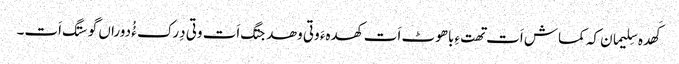
کَھدہ سِلیمان کہ کماش اَت تھتءِ باھوٹ اَت کھدہءَ وتی وھدجتگ اَت وتی دِرک ءُُ دوراں گوستگ اَت۔